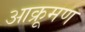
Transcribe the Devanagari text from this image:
आक्रूमण